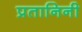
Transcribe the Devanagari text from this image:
प्रतानिनी